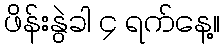
ဖိန်းနွဲခါ ၄ ရက်နေ့။